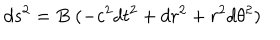
LaTeX: d s ^ { 2 } = B \; ( - c ^ { 2 } d t ^ { 2 } + d r ^ { 2 } + r ^ { 2 } d \theta ^ { 2 } )